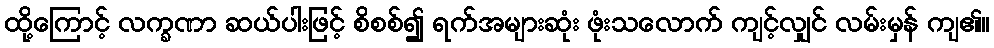
ထို့ကြောင့် လက္ခဏာ ဆယ်ပါးဖြင့် စိစစ်၍ ရက်အများဆုံး ဖုံးသလောက် ကျင့်လျှင် လမ်းမှန် ကျ၏။